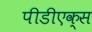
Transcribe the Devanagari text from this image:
पीडीएक्स